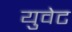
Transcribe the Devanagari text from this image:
युवेट